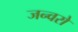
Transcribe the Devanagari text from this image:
जन्वरो